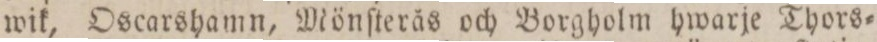
wik, Oscarshamn, Mönſterås och Borgholm hwarje Thors=